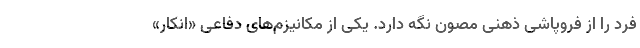
فرد را از فروپاشی ذهنی مصون نگه دارد. یکی از مکانیزم‌های دفاعی «انکار»